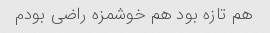
هم تازه بود هم خوشمزه راضی بودم